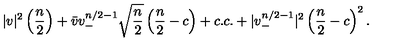
| v | ^ { 2 } \left( { \frac { n } { 2 } } \right) + \bar { v } v _ { - } ^ { n / 2 - 1 } \sqrt { { \frac { n } { 2 } } } \left( { \frac { n } { 2 } } - c \right) + c . c . + | v _ { - } ^ { n / 2 - 1 } | ^ { 2 } \left( { \frac { n } { 2 } } - c \right) ^ { 2 } .